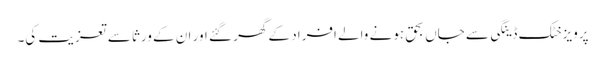
پرویزخٹک ڈینگی سے جاں بحق ہونے والے افراد کے گھر گئے اور ان کے ورثا سے تعزیت کی۔